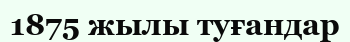
1875 жылы туғандар